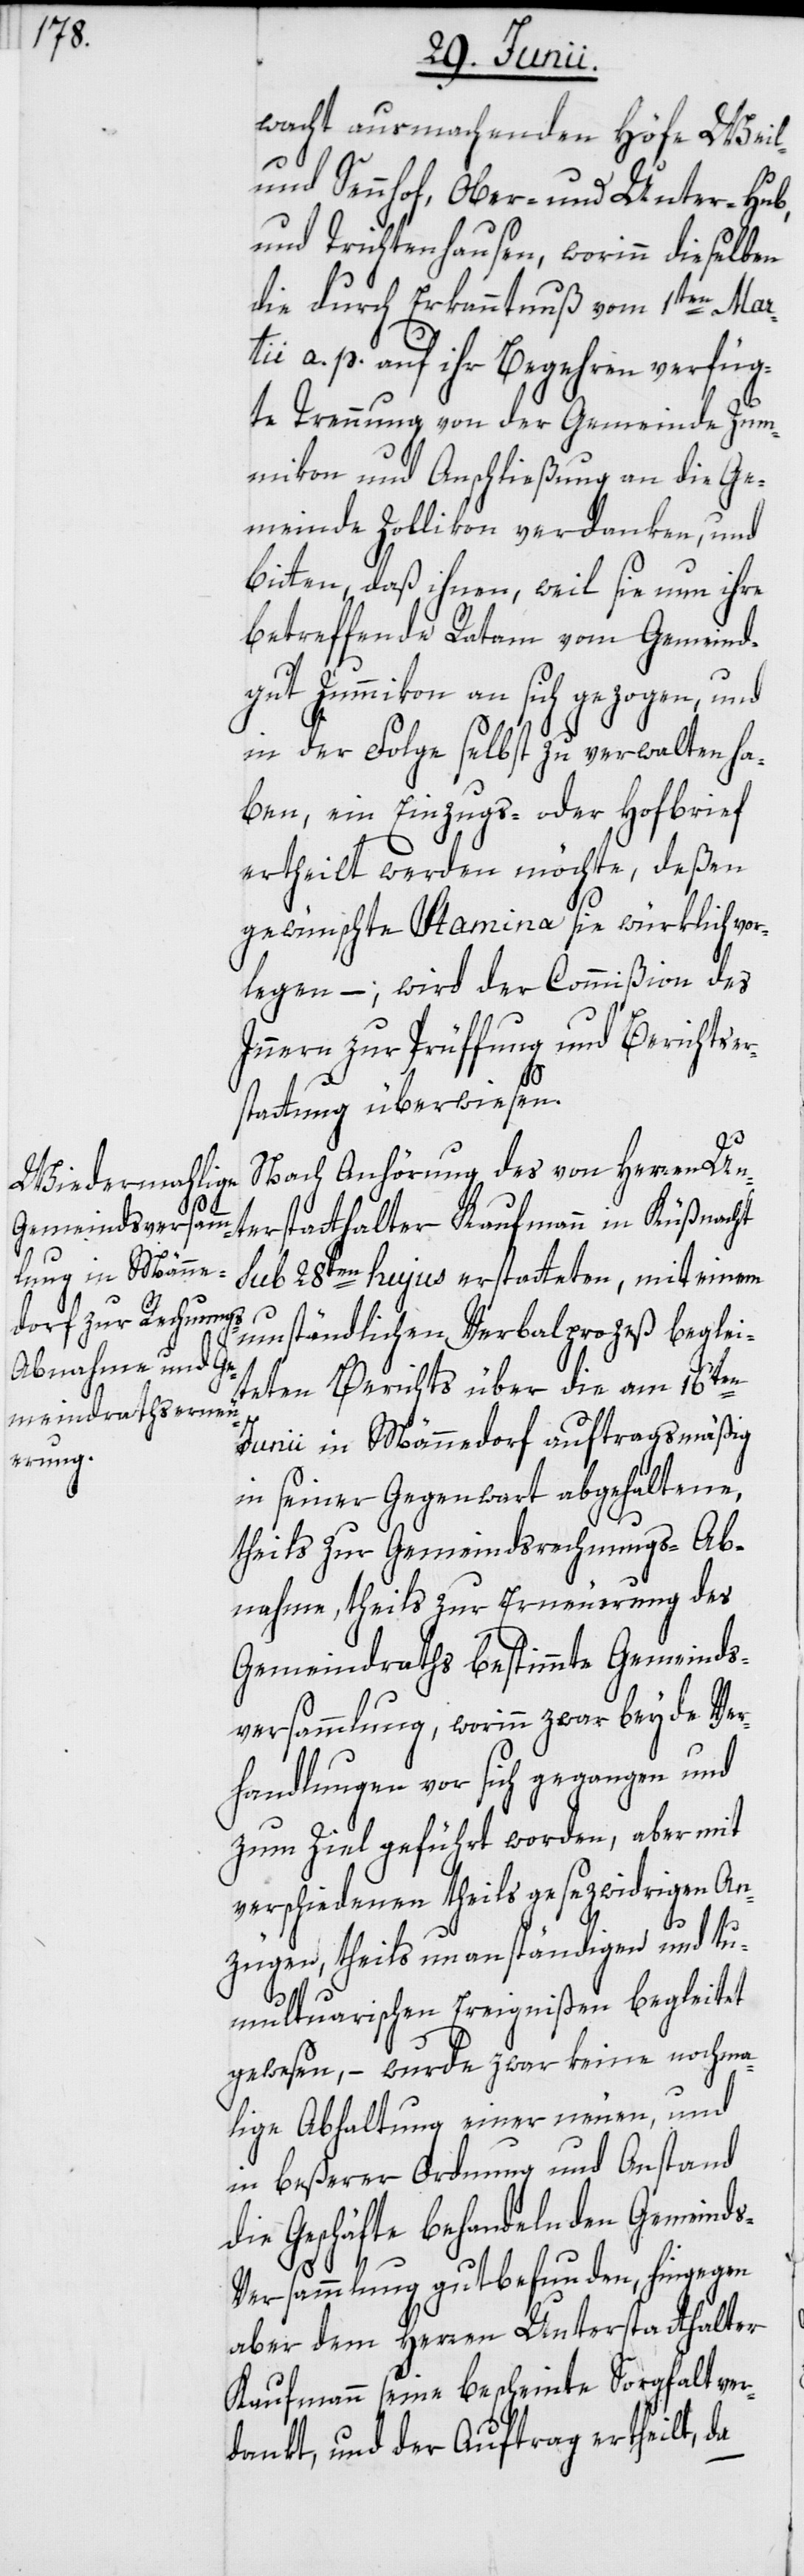
wacht ausmachenden Höfe Weil-
und Sennhof, Ober- und Unter-Hub,
und Trichtenhausen, worinn dieselben
die durch Erkanntnuß vom 1ten Mar¬
tii a. p. auf ihr Begehren verfüg¬
te Trennung von der Gemeinde Zum¬
mikon und Anschließung an die Ge¬
meinde Zollikon verdanken, und
bitten, daß ihnen, weil sie nun ihre
betreffende Ratam vom Gemeind¬
gut Zummikon an sich gezogen, und
in der Folge selbst zu verwalten ha¬
ben, ein Einzugs- oder Hofbrief
ertheilt werden möchte, deßen
gewünschte Stamina sie würklich vor¬
legen –; wird der Commißion des
Innern zur Prüffung und Berichtser¬
stattung überwiesen.
Nach Anhörung des von Herren Un¬
terstatthalter Kaufmann in Küßnacht
sub 28ten hujus erstatteten, mit einem
umständlichen Verbalprozeß beglei¬
teten Berichts über die am 16ten
Junii in Männedorf auftragsmäßig
in seiner Gegenwart abgehaltene,
theils zur Gemeindsrechnungs-Ab¬
nahme, theils zur Erneuerung des
Gemeindraths bestimmte Gemeinds¬
versammlung, worinn zwar beyde Ver¬
handlungen vor sich gegangen und
zum Ziel geführt worden, aber mit
verschiedenen theils gesezwidrigen An¬
zügen, theils unanständigen und tu¬
multuarischen Ereignißen begleitet
gewesen, – wurde zwar keine nochma¬
lige Abhaltung einer neuen, und
in beßerer Ordnung und Anstand
die Geschäfte behandelnden Gemeind¬
s-Versammlung gutbefunden, hingegen
aber dem Herren Unterstatthalter
Kaufmann seine bescheinte Sorgfalt ver¬
dankt, und der Auftrag ertheilt, da